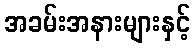
အခမ်းအနားများနှင့်